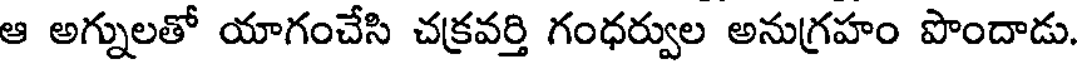
ఆ అగ్నులతో యాగంచేసి చక్రవర్తి గంధర్వుల అనుగ్రహం పొందాడు.